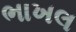
ભાખલ